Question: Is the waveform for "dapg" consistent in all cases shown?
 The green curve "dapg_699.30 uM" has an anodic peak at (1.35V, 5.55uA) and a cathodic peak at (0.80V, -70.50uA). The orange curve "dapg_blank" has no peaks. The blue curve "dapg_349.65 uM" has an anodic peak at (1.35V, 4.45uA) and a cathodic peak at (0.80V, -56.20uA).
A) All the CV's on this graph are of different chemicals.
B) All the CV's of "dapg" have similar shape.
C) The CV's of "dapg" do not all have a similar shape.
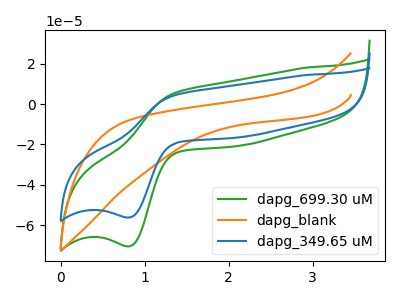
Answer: <think>"dapg_699.30 uM" and "dapg_blank" have a different number of peaks. All the peaks in "dapg_699.30 uM" have a peak in "dapg_349.65 uM" at the same potential. Every peak in "dapg_699.30 uM" is higher than every peak in "dapg_349.65 uM". "dapg_blank" and "dapg_349.65 uM" have a different number of peaks.
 </think>
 <answer>B) All the CV's of "dapg" have similar shape.</answer>
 <eval>B</eval>